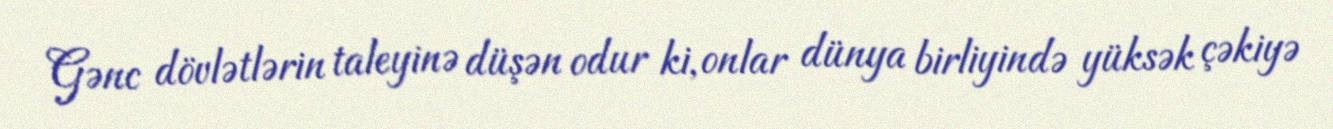
Gənc dövlətlərin taleyinə düşən odur ki, onlar dünya birliyində yüksək çəkiyə